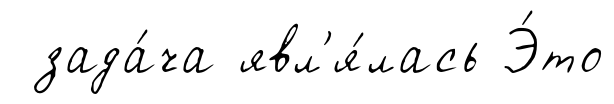
зада́ча явл'я́лась Э́то